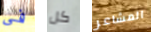
فى كل المشاعر